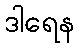
ဒါရေန